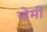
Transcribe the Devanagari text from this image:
जेर्मी